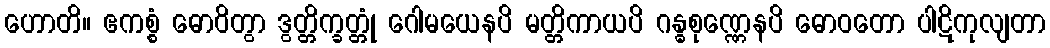
ဟောတိ။ ဧကစ္စံ ဓောဝိတွာ ဒွတ္တိက္ခတ္တုံ ဂေါမယေနပိ မတ္တိကာယပိ ဂန္ဓစုဏ္ဏေနပိ ဓောဝတော ပါဋိကုလျတာ